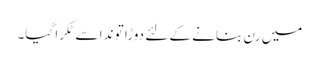
میں رن بنانے کے لئے دوڑا تو ندا سے ٹکرا گیا۔